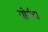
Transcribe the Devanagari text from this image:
सोर्सचा